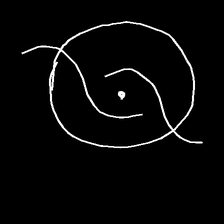
Glyph: repetition